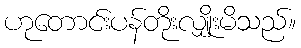
ဟုတောင်းပန်တိုးလျှိုးမိသည်။